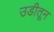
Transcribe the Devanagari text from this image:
उडीतून